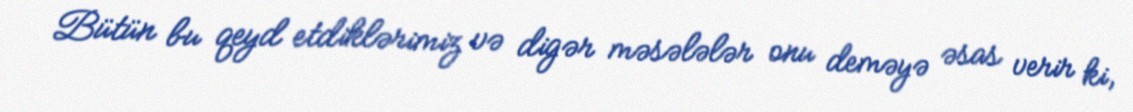
Bütün bu qeyd etdiklərimiz və digər məsələlər onu deməyə əsas verir ki,